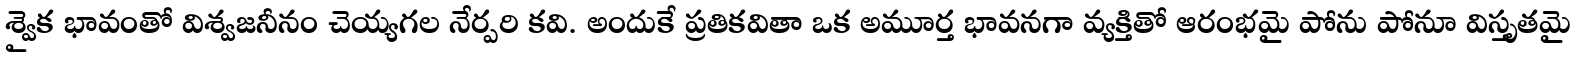
శ్వైక భావంతో విశ్వజనీనం చెయ్యగల నేర్పరి కవి. అందుకే ప్రతికవితా ఒక అమూర్త భావనగా వ్యక్తితో ఆరంభమై పోను పోనూ విస్తృతమై